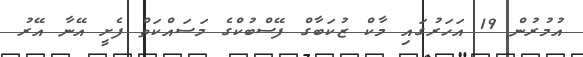
އުމުރުން 19 އަހަރުގައި މާކް ޒުކަބާގް ފޭސްބުކްގެ މަސައްކަތް ފެށީ އޭނާ އޭރު